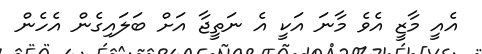
އެއީ މާޒީ އެވެ މާނަ އަކީ އެ ނަތީޖާ އަށް ބަލައިގެން އެހެން